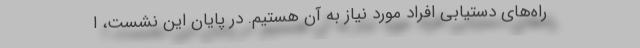
راه‌های دستیابی افراد مورد نیاز به آن هستیم. در پایان این نشست، ا